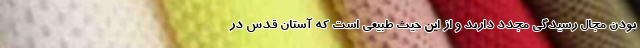
بودن مجال رسیدگی مجدد دارند و از این حیث طبیعی است که آستان قدس در